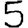
Digit: 5